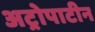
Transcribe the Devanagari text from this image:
अट्रोपाटीन